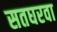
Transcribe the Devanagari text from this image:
सतघरवा